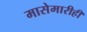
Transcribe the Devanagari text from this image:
मासेमारीही